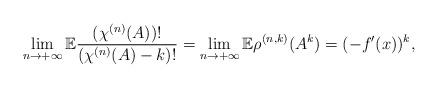
LaTeX: \begin{align*}\lim_{n\to+\infty}\mathbb{E}\dfrac{({\chi}^{(n)}(A))!}{({\chi}^{(n)}(A)-k)!}=\lim_{n\to+\infty}\mathbb{E}\rho^{(n,k)}(A^k)=(-f'(x))^k,\end{align*}